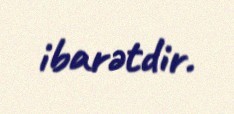
ibarətdir.